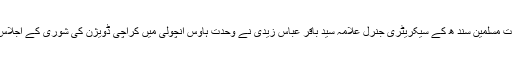
ان خیالات کا اظہار مجلس وحدت مسلمین سند ھ کے سیکریٹری جنرل علامہ سید باقر عباس زیدی نے وحدت ہاؤس انچولی میں کراچی ڈویژن کی شوریٰ کے اجلاس سے خطاب کرتے ہوئے کیا ۔